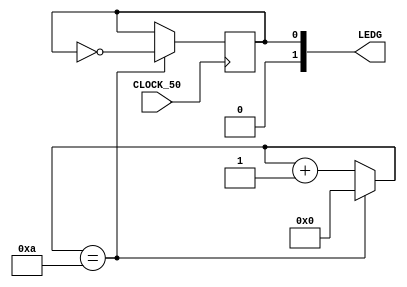
// Slow blinking a LED

/* module */
module blinker (

    input CLOCK_50,
    output [1:0] LEDG
    
);

    /* reg */
    reg state = 2'b01;
    reg [10:0] counter = 0;

    /* assign */ 
    assign LEDG = state;
    
    /* always */
    always @ (CLOCK_50) begin
        if (counter == 10 )
        begin
            counter <= 0;
            // state <= ~state;
        end
        else begin
            counter <= counter + 1;
        end
    end


    /* always */
    always @ (negedge CLOCK_50) begin
        if (counter == 10 )
        begin
            // counter <= 0;
            state <= ~state;
        end
        else begin
            // counter <= counter + 1;
        end
    end


    

endmodule


module testbench; 


reg clk = 0;
wire [1:0] leds;

blinker b(clk, leds);

always #1 begin
    clk <= ~clk;
end

initial begin 
$dumpvars(0);
#100 $finish;


end

endmodule